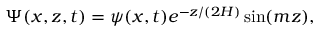
\Psi ( x , z , t ) = \psi ( x , t ) e ^ { - z / ( 2 H ) } \sin ( m z ) ,